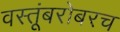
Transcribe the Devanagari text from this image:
वस्तूंबरोबरच